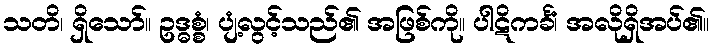
သတိ၊ ရှိသော်။ ဥဒ္ဓစ္စံ၊ ပျံ့လွင့်သည်၏ အဖြစ်ကို။ ပါဋိကင်္ခံ၊ အလိုရှိအပ်၏။